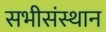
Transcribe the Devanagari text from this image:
सभीसंस्थान